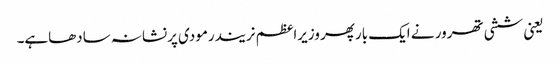
یعنی ششی تھرور نے ایک بارپھر وزیراعظم نریندرمودی پرنشانہ سادھاہے۔